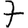
Digit: 7